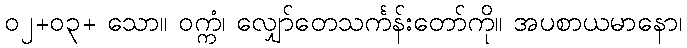
၀၂+၀၃+ သော။ ဝက္ကံ၊ လျှော်တေသင်္ကန်းတော်ကို။ အပစာယမာနော၊